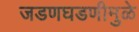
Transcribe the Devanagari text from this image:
जडणघडणीमुळे